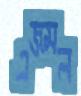
এজমল